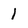
Character: 1